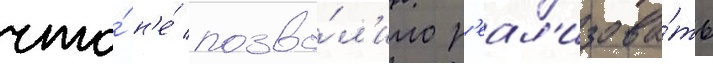
что́ н'е́ позво́л'ило р'еал'изова́ть